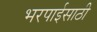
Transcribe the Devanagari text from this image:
भरपाईसाठी